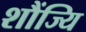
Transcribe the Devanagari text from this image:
शौंज्यि